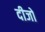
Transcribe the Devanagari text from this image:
दीजो